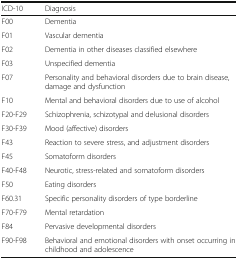
| ICD-10 | Diagnosis |
 | --- | --- |
 | F00 | Dementia |
 | F01 | Vascular dementia |
 | F02 | Dementia in other diseases classified elsewhere |
 | F03 | Unspecified dementia |
 | F07 | Personality and behavioral disorders due to brain disease, damage and dysfunction |
 | F10 | Mental and behavioral disorders due to use of alcohol |
 | F20-F29 | Schizophrenia, schizotypal and delusional disorders |
 | F30-F39 | Mood (affective) disorders |
 | F43 | Reaction to severe stress, and adjustment disorders |
 | F45 | Somatoform disorders |
 | F40-F48 | Neurotic, stress-related and somatoform disorders |
 | F50 | Eating disorders |
 | F60.31 | Specific personality disorders of type borderline |
 | F70-F79 | Mental retardation |
 | F84 | Pervasive developmental disorders |
 | F90-F98 | Behavioral and emotional disorders with onset occurring in childhood and adolescence |